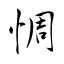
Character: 惆